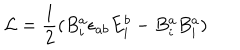
{ \cal L } = \frac { 1 } { 2 } ( B _ { i } ^ { a } \epsilon _ { a b } E _ { i } ^ { b } - B _ { i } ^ { a } B _ { i } ^ { a } )